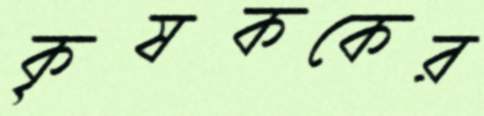
কৃষককের